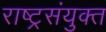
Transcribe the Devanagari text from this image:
राष्ट्रसंयुक्त